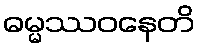
ဓမ္မဿဝနေတိ